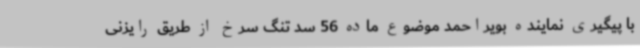
با پیگیری نماینده بویراحمد موضوع ماده 56 سد تنگ سرخ از طریق رایزنی